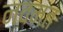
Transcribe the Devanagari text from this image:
नवमत